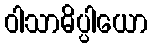
ဝါသာဓိပ္ပါယော